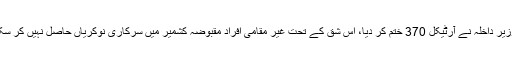
بھارتی وزیر داخلہ نے آرٹیکل 370 ختم کر دیا، اس شق کے تحت غیر مقامی افراد مقبوضہ کشمیر میں سرکاری نوکریاں حاصل نہیں کر سکتےتھے۔